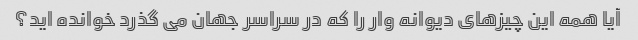
آیا همه این چیزهای دیوانه وار را که در سراسر جهان می گذرد خوانده اید؟